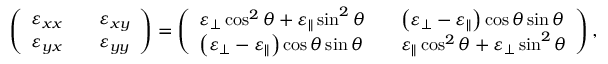
\begin{array} { r } { \left( \begin{array} { l l l } { \varepsilon _ { x x } } & { } & { \varepsilon _ { x y } } \\ { \varepsilon _ { y x } } & { } & { \varepsilon _ { y y } } \end{array} \right) = \left( \begin{array} { l l l } { \varepsilon _ { \perp } \cos ^ { 2 } \theta + \varepsilon _ { \parallel } \sin ^ { 2 } \theta } & { } & { \left( \varepsilon _ { \perp } - \varepsilon _ { \parallel } \right) \cos \theta \sin \theta } \\ { \left( \varepsilon _ { \perp } - \varepsilon _ { \parallel } \right) \cos \theta \sin \theta } & { } & { \varepsilon _ { \parallel } \cos ^ { 2 } \theta + \varepsilon _ { \perp } \sin ^ { 2 } \theta } \end{array} \right) , } \end{array}